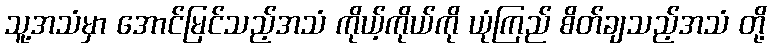
သူ့အသံမှာ အောင်မြင်သည့်အသံ ကိုယ့်ကိုယ်ကို ယုံကြည် စိတ်ချသည့်အသံ တို့